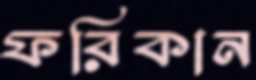
ফরিকান